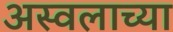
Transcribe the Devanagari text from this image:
अस्वलाच्या